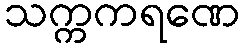
သက္ကကရဏေ